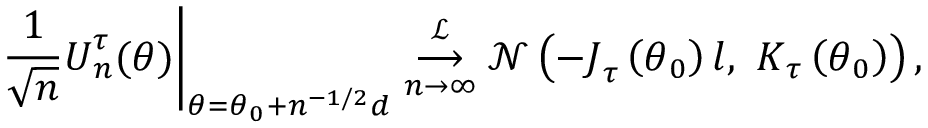
\left. \frac { 1 } { \sqrt { n } } \boldsymbol { U } _ { n } ^ { \tau } ( \boldsymbol { \theta } ) \right\vert _ { \boldsymbol { \theta = \theta } _ { 0 } \boldsymbol { + } n ^ { - 1 / 2 } \boldsymbol { d } } \underset { n \rightarrow \infty } { \overset { \mathcal { L } } { \longrightarrow } } \mathcal { N } \left( - \boldsymbol { J } _ { \tau } \left( \boldsymbol { \theta } _ { 0 } \right) \boldsymbol { l } , \mathrm { ~ } \boldsymbol { K } _ { \tau } \left( \boldsymbol { \theta } _ { 0 } \right) \right) ,